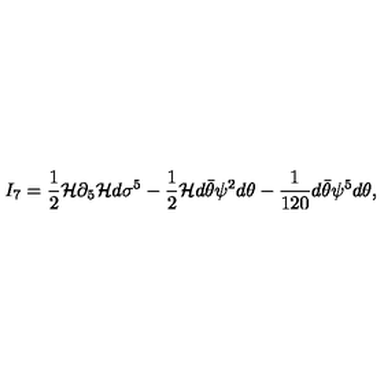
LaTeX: I _ { 7 } = { \frac { 1 } { 2 } } { \cal H } \partial _ { 5 } { \cal H } d \sigma ^ { 5 } - { \frac { 1 } { 2 } } { \cal H } d \bar { \theta } \psi ^ { 2 } d \theta - { \frac { 1 } { 1 2 0 } } d \bar { \theta } \psi ^ { 5 } d \theta ,